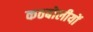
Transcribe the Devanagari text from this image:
कठबोलीयों